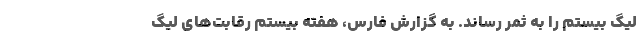
لیگ بیستم را به ثمر رساند. به گزارش فارس، هفته بیستم رقابت‌های لیگ